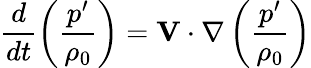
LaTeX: \frac{d}{dt}\left(\frac{p^{\prime}}{\rho_{0}}\right)=\mathbf{V}\cdot\nabla\left(\frac{p^{\prime}}{\rho_{0}}\right)